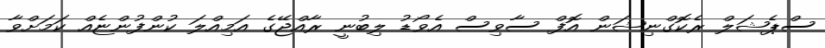
ސްޕެޝަލް ރެކޮގްނިޝަން އޮފް ސާވިސް އެވޯޑު ލިބުނީ ރާއްޖޭގެ އަމިއްލަ ކުންފުންޏެއް ކަމަށްވާ